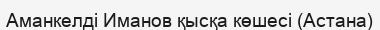
Аманкелді Иманов қысқа көшесі (Астана)